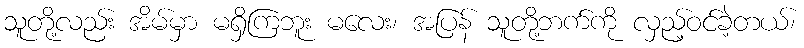
သူတို့လည်း အိမ်မှာ မရှိကြဘူး မလေး၊ အပြန် သူတို့ဘက်ကို လှည့်ဝင်ခဲ့တယ်၊